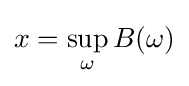
x=\sup _{\omega }B(\omega )